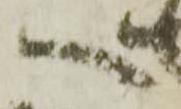
へ